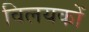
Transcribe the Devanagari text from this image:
विलयकों